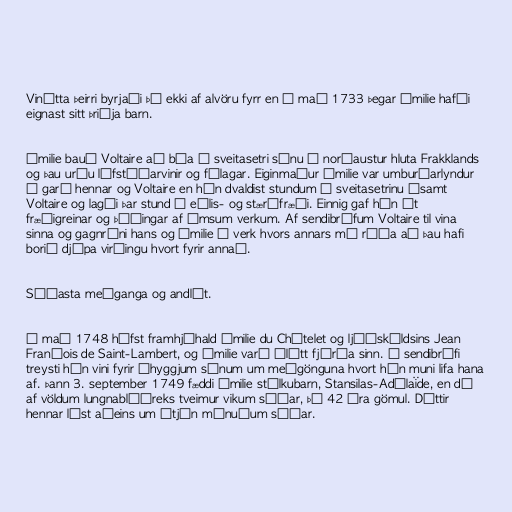
Vinátta þeirri byrjaði þó ekki af alvöru fyrr en í maí 1733 þegar Émilie hafði
eignast sitt þriðja barn.

Émilie bauð Voltaire að búa á sveitasetri sínu í norðaustur hluta Frakklands
og þau urðu lífstíðarvinir og félagar. Eiginmaður Émilie var umburðarlyndur
í garð hennar og Voltaire en hún dvaldist stundum á sveitasetrinu ásamt
Voltaire og lagði þar stund á eðlis- og stærðfræði. Einnig gaf hún út
fræðigreinar og þýðingar af ýmsum verkum. Af sendibréfum Voltaire til vina
sinna og gagnrýni hans og Émilie á verk hvors annars má ráða að þau hafi
borið djúpa virðingu hvort fyrir annað.

Síðasta meðganga og andlát.

Í maí 1748 hófst framhjáhald Émilie du Châtelet og ljóðskáldsins Jean
François de Saint-Lambert, og Émilie varð ólétt fjórða sinn. Í sendibréfi
treysti hún vini fyrir áhyggjum sínum um meðgönguna hvort hún muni lifa hana
af. Þann 3. september 1749 fæddi Émilie stúlkubarn, Stansilas-Adélaïde, en dó
af völdum lungnablóðreks tveimur vikum síðar, þá 42 ára gömul. Dóttir
hennar lést aðeins um átján mánuðum síðar.